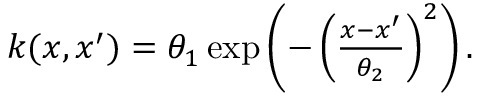
\begin{array} { r } { k ( x , x ^ { \prime } ) = \theta _ { 1 } \exp \left( - \left( \frac { x - x ^ { \prime } } { \theta _ { 2 } } \right) ^ { 2 } \right) . } \end{array}